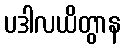
ပဒါလယိတွာန